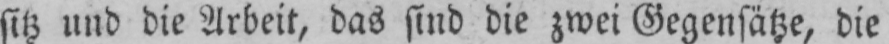
sitz und die Arbeit, das sind die zwei Gegensätze, die